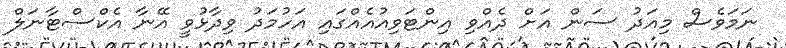
ނަމަވެސް މިއަދު ސަން އަށް ދެއްވި އިންޓަވިއުއެއްގައި އަހުމަދު ވިދާޅުވީ އޭނާ އެކްސްޓާނަލް